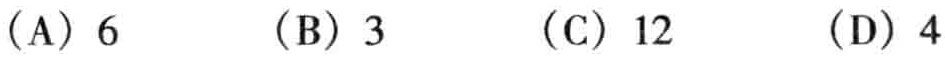
(A) 6  (B) 3  (C) 12  (D) 4